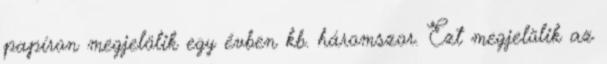
papíron megjelölik egy évben kb. háromszor. Ezt megjelölik az